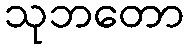
သုဘတော